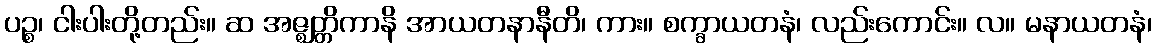
ပဉ္စ၊ ငါးပါးတို့တည်း။ ဆ အဇ္ဈတ္တိကာနိ အာယတနာနီတိ၊ ကား။ စက္ခာယတနံ၊ လည်းကောင်း။ လ။ မနာယတနံ၊